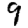
Digit: 9